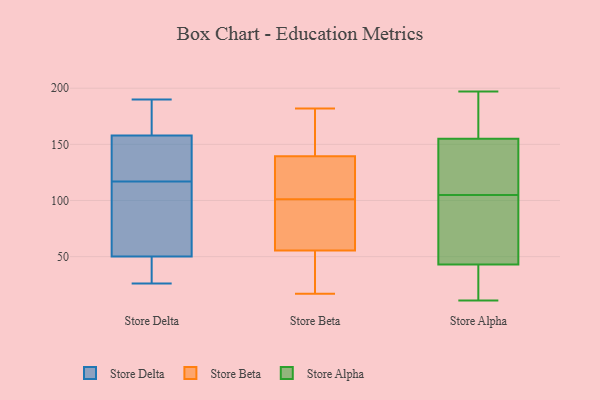
{"axis": {"x": "Revenue (USD Million)", "y": "Value"}, "legend": ["Store Alpha", "Store Beta", "Store Delta"], "data": [{"x": "", "y": 190, "type": "Store Delta"}, {"x": "", "y": 94, "type": "Store Delta"}, {"x": "", "y": 42, "type": "Store Delta"}, {"x": "", "y": 154, "type": "Store Delta"}, {"x": "", "y": 146, "type": "Store Delta"}, {"x": "", "y": 170, "type": "Store Delta"}, {"x": "", "y": 140, "type": "Store Delta"}, {"x": "", "y": 86, "type": "Store Delta"}, {"x": "", "y": 71, "type": "Store Delta"}, {"x": "", "y": 27, "type": "Store Delta"}, {"x": "", "y": 31, "type": "Store Delta"}, {"x": "", "y": 90, "type": "Store Delta"}, {"x": "", "y": 186, "type": "Store Delta"}, {"x": "", "y": 158, "type": "Store Delta"}, {"x": "", "y": 50, "type": "Store Delta"}, {"x": "", "y": 143, "type": "Store Delta"}, {"x": "", "y": 26, "type": "Store Delta"}, {"x": "", "y": 177, "type": "Store Delta"}, {"x": "", "y": 141, "type": "Store Beta"}, {"x": "", "y": 29, "type": "Store Beta"}, {"x": "", "y": 101, "type": "Store Beta"}, {"x": "", "y": 48, "type": "Store Beta"}, {"x": "", "y": 17, "type": "Store Beta"}, {"x": "", "y": 79, "type": "Store Beta"}, {"x": "", "y": 135, "type": "Store Beta"}, {"x": "", "y": 182, "type": "Store Beta"}, {"x": "", "y": 161, "type": "Store Beta"}, {"x": "", "y": 121, "type": "Store Beta"}, {"x": "", "y": 78, "type": "Store Beta"}, {"x": "", "y": 107, "type": "Store Alpha"}, {"x": "", "y": 197, "type": "Store Alpha"}, {"x": "", "y": 103, "type": "Store Alpha"}, {"x": "", "y": 168, "type": "Store Alpha"}, {"x": "", "y": 114, "type": "Store Alpha"}, {"x": "", "y": 102, "type": "Store Alpha"}, {"x": "", "y": 77, "type": "Store Alpha"}, {"x": "", "y": 31, "type": "Store Alpha"}, {"x": "", "y": 43, "type": "Store Alpha"}, {"x": "", "y": 122, "type": "Store Alpha"}, {"x": "", "y": 155, "type": "Store Alpha"}, {"x": "", "y": 28, "type": "Store Alpha"}, {"x": "", "y": 181, "type": "Store Alpha"}, {"x": "", "y": 133, "type": "Store Alpha"}, {"x": "", "y": 41, "type": "Store Alpha"}, {"x": "", "y": 161, "type": "Store Alpha"}, {"x": "", "y": 78, "type": "Store Alpha"}, {"x": "", "y": 11, "type": "Store Alpha"}]}